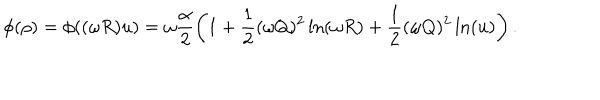
\phi ( \rho ) = \phi ( ( \omega R ) u ) = \omega \frac { \alpha } { 2 } \left( 1 + \frac { 1 } { 2 } ( \omega Q ) ^ { 2 } \ln ( \omega R ) + \frac { 1 } { 2 } ( \omega Q ) ^ { 2 } \ln ( u ) \right) .